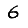
Digit: 6